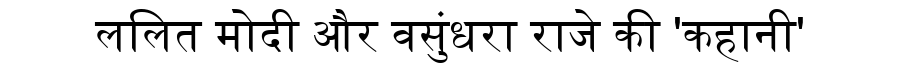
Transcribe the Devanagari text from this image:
ललित मोदी और वसुंधरा राजे की 'कहानी'